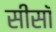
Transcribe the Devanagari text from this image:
सीसॉ